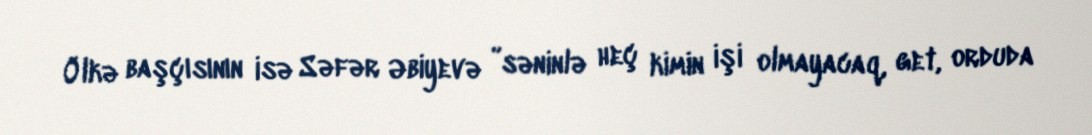
Ölkə başçısının isə Səfər Əbiyevə ”səninlə heç kimin işi olmayacaq, get, orduda